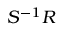
S ^ { - 1 } R